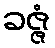
ခဇ္ဇံ